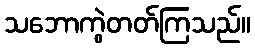
သဘောကွဲတတ်ကြသည်။